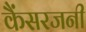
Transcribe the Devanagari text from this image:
कैंसरजनी